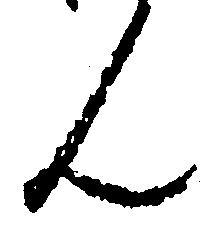
ん